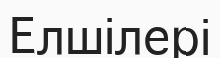
Елшілері